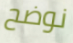
نوضح